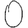
Digit: 0